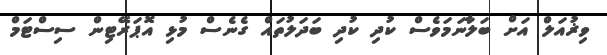
ވިޜުއަލް އަށް ބަލާނަމަވެސް ކުދި ކުދި ބަދަލުތައް ގެނެސް މުޅި އޮޕަރޭޓިން ސިސްޓަމް